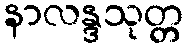
နာလန္ဒသုတ္တ